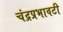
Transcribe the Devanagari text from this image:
चंद्रप्रभावटी